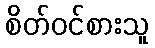
စိတ်ဝင်စားသူ